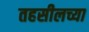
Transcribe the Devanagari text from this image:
तहसीलच्या